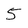
Character: 5